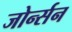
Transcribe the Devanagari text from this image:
जोर्न्सन